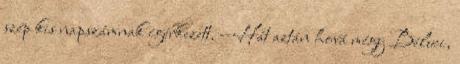
szép kis napszámnak ígérkezett. --Hát aztán hová mégy Béluci,